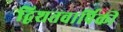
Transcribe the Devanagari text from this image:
द्विशतवार्षिकी